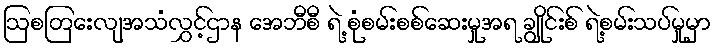
ဩစတြေးလျအသံလွှင့်ဌာန အေဘီစီ ရဲ့ စုံစမ်းစစ်ဆေးမှုအရ ချွိုင်းစ် ရဲ့စမ်းသပ်မှုမှာ